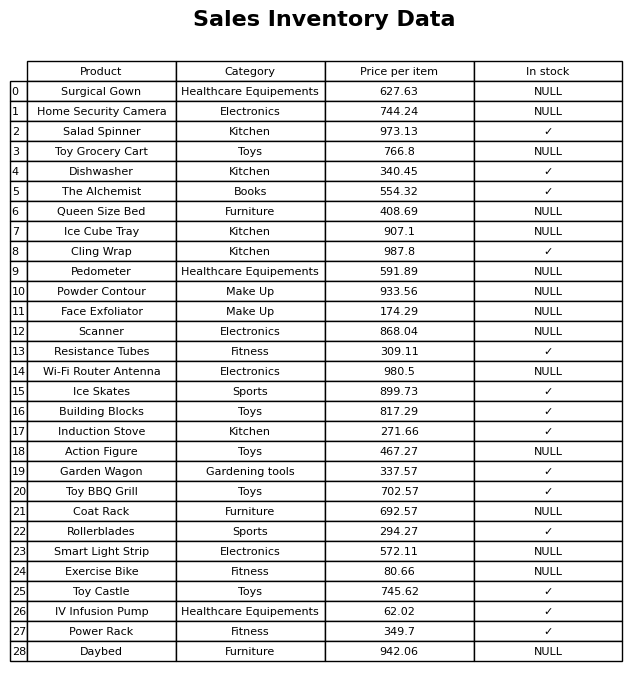
question: What is the price for The Alchemist?
answer: The price of The Alchemist is 554.32.